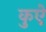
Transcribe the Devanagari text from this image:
कुऐ